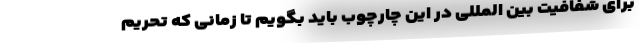
برای شفافیت بین المللی در این چارچوب باید بگویم تا زمانی که تحریم